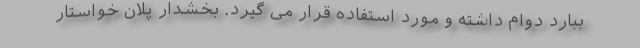
ببارد دوام داشته و مورد استفاده قرار می گیرد. بخشدار پلان خواستار